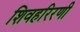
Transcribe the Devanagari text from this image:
शिवहरिरणी